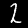
Digit: 2